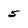
Character: 5